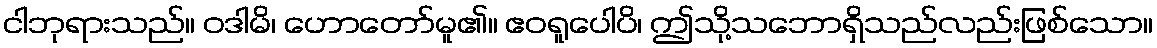
ငါဘုရားသည်။ ဝဒါမိ၊ ဟောတော်မူ၏။ ဧဝရူပေါပိ၊ ဤသို့သဘောရှိသည်လည်းဖြစ်သော။